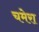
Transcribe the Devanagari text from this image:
चमेरा